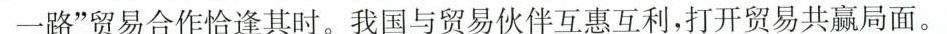
一路”贸易合作恰逢其时。我国与贸易伙伴互惠互利，打开贸易共赢局面。